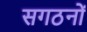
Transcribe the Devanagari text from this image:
सगठनों